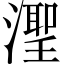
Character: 𬉊